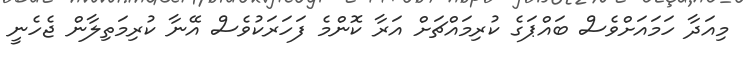
މިއަދާ ހަމައަށްވެސް ބައްޕަގެ ކުރިމައްޗަށް އަރާ ކޮންމެ ފަހަރަކުވެސް އޭނާ ކުރިމަތިލާން ޖެހެނީ